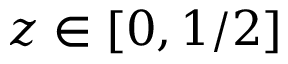
z \in [ 0 , 1 / 2 ]